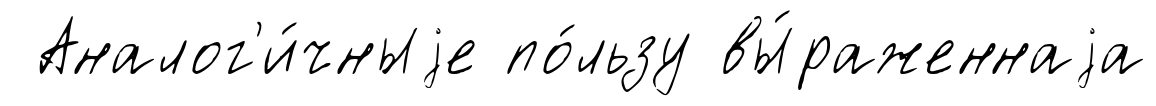
Аналог'и́чныjе по́льзу вы́раженнаjа